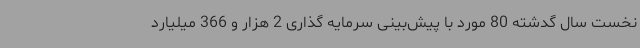
نخست سال گدشته 80 مورد با پیش‌بینی سرمایه گذاری 2 هزار و 366 میلیارد